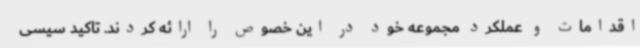
اقدامات و عملکرد مجموعه خود در این خصوص را ارائه کردند. تاکید سیسی